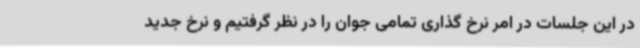
در این جلسات در امر نرخ گذاری تمامی جوان را در نظر گرفتیم و نرخ جدید